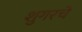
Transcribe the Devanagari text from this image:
शुगरचे